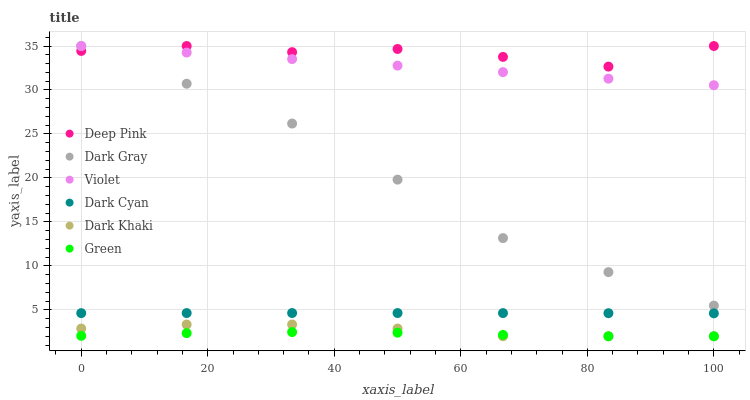
| xaxis_label | Deep Pink | Dark Gray | Violet | Dark Cyan | Dark Khaki | Green |
 | --- | --- | --- | --- | --- | --- | --- |
 | 0 | 34.4 | 35 | 35 | 4.63 | 2.87 | 2.05 |
 | 16.7 | 35 | 30.7 | 34.3 | 4.64 | 3.33 | 2.35 |
 | 33.3 | 34.3 | 26.2 | 33.5 | 4.64 | 3.34 | 2.47 |
 | 50 | 34.7 | 19.8 | 32.8 | 4.64 | 2.88 | 2.41 |
 | 66.7 | 33.8 | 13.2 | 32 | 4.63 | 2 | 2.15 |
 | 83.3 | 32.7 | 9.29 | 31.3 | 4.62 | 2 | 2 |
 | 100 | 35 | 5.49 | 30.5 | 4.61 | 2 | 2 |